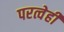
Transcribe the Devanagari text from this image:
परत्वेही